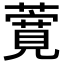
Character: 𬞸